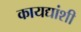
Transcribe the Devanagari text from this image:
कायद्यांशी